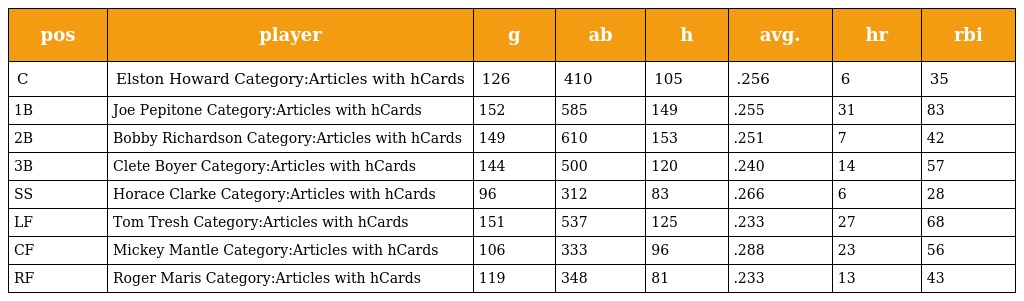
| pos | player | g | ab | h | avg. | hr | rbi |
 | --- | --- | --- | --- | --- | --- | --- | --- |
 | C | Elston Howard Category:Articles with hCards | 126 | 410 | 105 | .256 | 6 | 35 |
 | 1B | Joe Pepitone Category:Articles with hCards | 152 | 585 | 149 | .255 | 31 | 83 |
 | 2B | Bobby Richardson Category:Articles with hCards | 149 | 610 | 153 | .251 | 7 | 42 |
 | 3B | Clete Boyer Category:Articles with hCards | 144 | 500 | 120 | .240 | 14 | 57 |
 | SS | Horace Clarke Category:Articles with hCards | 96 | 312 | 83 | .266 | 6 | 28 |
 | LF | Tom Tresh Category:Articles with hCards | 151 | 537 | 125 | .233 | 27 | 68 |
 | CF | Mickey Mantle Category:Articles with hCards | 106 | 333 | 96 | .288 | 23 | 56 |
 | RF | Roger Maris Category:Articles with hCards | 119 | 348 | 81 | .233 | 13 | 43 |